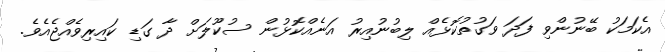
އެކަމަކު ބޭނުންވި ފަދަ ވަގުތުކޮޅެއް ލިބުނުއިރު އަނެއްކޮޅުން ސުކޫލަށް ދާ ގަޑި ކައިރިވެއްޖެއެވެ.